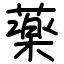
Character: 薬